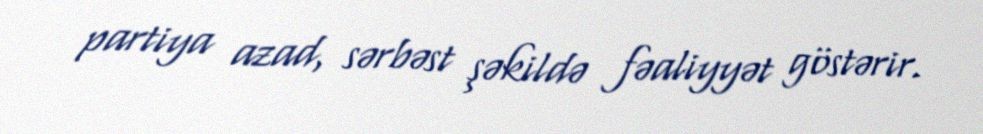
partiya azad, sərbəst şəkildə fəaliyyət göstərir.